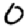
Digit: 0